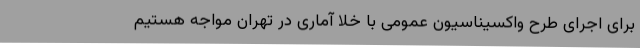
برای اجرای طرح واکسیناسیون عمومی با خلا آماری در تهران مواجه هستیم